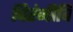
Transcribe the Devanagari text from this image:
चिरंजीवि